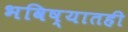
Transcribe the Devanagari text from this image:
भविष्यातही